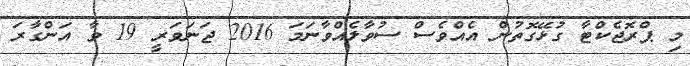
މި ޕްރޮޖެކްޓާ ގުޅޭގޮތުން އެއްވެސް ސުވާލެއްވާނަމަ 2016 ޖަނަވަރީ 19 ވާ އަންގާރަ